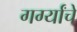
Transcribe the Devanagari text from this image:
गर्ग्यांचे